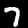
Label: 7